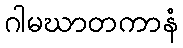
ဂါမဃာတကာနံ